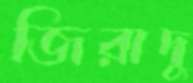
জিরাদু